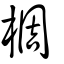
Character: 椆